Mental hospitals Bombay report 1921-28 - 1921-1928
Year: 1921
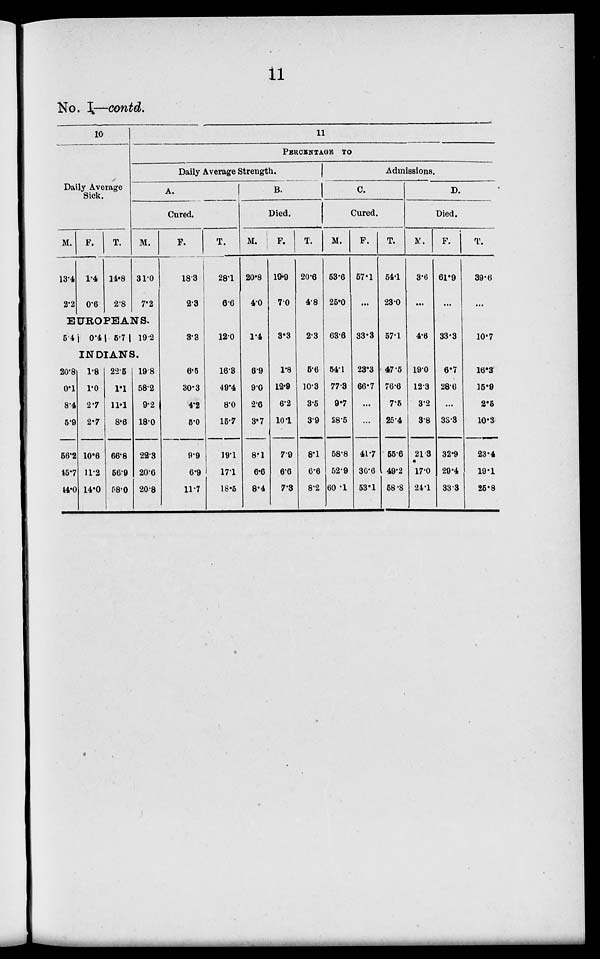
11
No. I—contd.
10
Daily Average
Sick.
M.
13.4
2.2
F.
1.4
0.6
T.
14.8
2.8
11
PERCENTAGE
TO
Daily Average Strength.
A.
Cured.
M.
31.0
7.2
EUROPEANS.
5.4
0.4 5.7
19.2
INDIANS.
20.8
0.1
8.4
5.9
56.2
45.7
44.0
1.8
1.0
2.7
2.7
10.6
11.2
14.0
22.5
1.1
11.1
8.6
66.8
56.9
58.0
19.8
58.2
9.2
18.0
22.3
20.6
20.8
F.
18.3
2.3
3.3
6.5
30.3
4.2
5.0
9.9
6.9
11.7
T.
28.1
6.6
12.0
16.3
49.4
8.0
15.7
19.1
17.1
18.5
B.
Died.
M.
20.8
4.0
1.4
6.9
9.0
2.6
3.7
8.1
6.6
8.4
F.
19.9
7.0
3.3
1.8
12.9
6.2
10.1
7.9
6.6
7.3
T.
20.6
4.8
2.3
5.6
10.3
3.5
3.9
8.1
6.6
8.2
Admissions.
C.
Cured.
M.
53.6
25.0
63.6
54.1
77.3
9.7
28.5
58.8
52.9
60.1
F.
57.1
...
33.3
23.3
66.7
...
...
41.7
30.6
53.1
T.
54.1
23.0
57.1
47.5
76.6
7.5
25.4
55.6
49.2
58.8
D.
Died.
M.
3.6
...
4.6
19.0
12.3
3.2
3.8
21.3
17.0
24.1
F.
61.9
...
33.3
6.7
28.6
...
33.3
32.9
29.4
33.3
T.
39.6
...
10.7
16.3
15.9
2.5
10.3
23.4
19.1
25.8